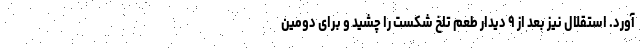
آورد. استقلال نیز بعد از ۹ دیدار طعم تلخ شکست را چشید و برای دومین